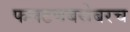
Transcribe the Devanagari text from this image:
फलटणबरोबरच